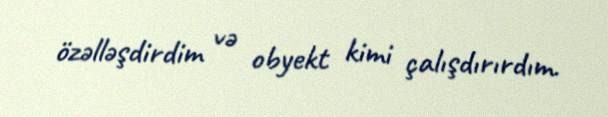
özəlləşdirdim və obyekt kimi çalışdırırdım.